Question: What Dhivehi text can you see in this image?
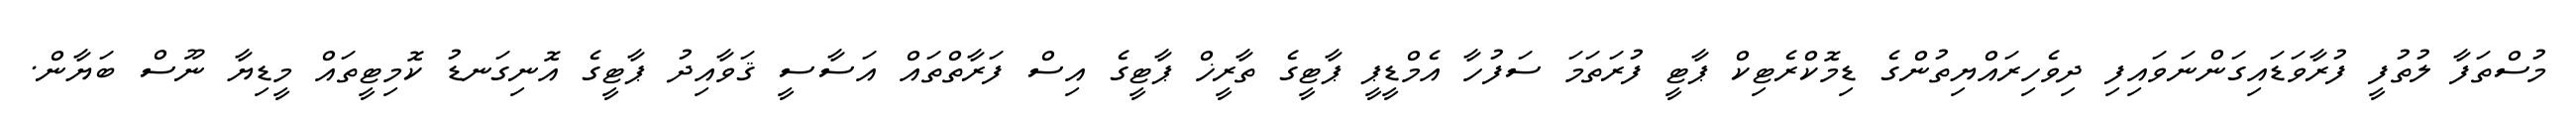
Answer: މުސްތަފާ ލުތުފީ ފުރާވަޑައިގަންނަވައިފި ދިވެހިރައްޔިތުންގެ ޑިމޮކްރެޓިކް ޕާޓީ ފުރަތަމަ ސަފުހާ އެމްޑީޕީ ޕާޓީގެ ތާރީޚް ޕާޓީގެ އިސް ފަރާތްތައް އަސާސީ ޤަވާއިދު ޕާޓީގެ އޮނިގަނޑު ކޮމިޓީތައް މީޑިޔާ ނޫސް ބަޔާން.